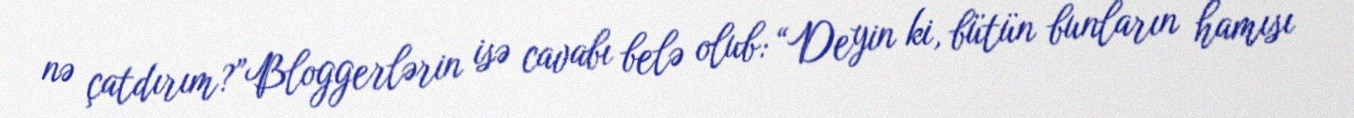
nə çatdırım?”Bloggerlərin isə cavabı belə olub: “Deyin ki, bütün bunların hamısı